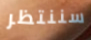
سننتظر